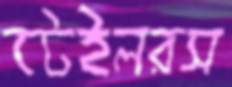
টেইলরস